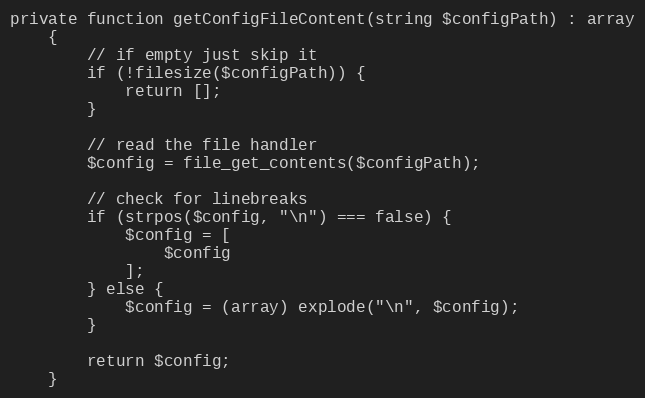
Language: PHP
private function getConfigFileContent(string $configPath) : array
    {
        // if empty just skip it
        if (!filesize($configPath)) {
            return [];
        }

        // read the file handler
        $config = file_get_contents($configPath);

        // check for linebreaks
        if (strpos($config, "\n") === false) {
            $config = [
                $config
            ];
        } else {
            $config = (array) explode("\n", $config);
        }

        return $config;
    }